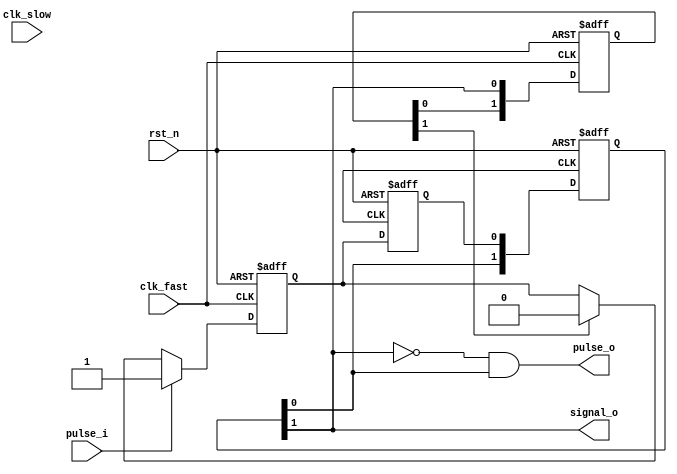
module Sync_Pulse_Fast2Slow(
    input           clk_fast,
    input           clk_slow,
    input           rst_n,
    input           pulse_i,
    output          pulse_o,
    output          signal_o
);

//-------------------------------------------------------
reg             signal_a;
reg             signal_b;
reg     [1:0]   signal_b_r;
reg     [1:0]   signal_a_r;

//-------------------------------------------------------
//��clk_fast�£�����չ���ź�signal_a
always @(posedge clk_fast or negedge rst_n)begin
    if(rst_n == 1'b0)begin
        signal_a <= 1'b0;
    end
    else if(pulse_i == 1'b1)begin
        signal_a <= 1'b1;
    end
    else if(signal_a_r[1] == 1'b1)
        signal_a <= 1'b0;
    else
        signal_a <= signal_a;
end

//-------------------------------------------------------
//��clkb��ͬ��signal_a
always @(posedge clkb or negedge rst_n)begin
    if(rst_n == 1'b0)begin
        signal_b <= 1'b0;
    end
    else begin
        signal_b <= signal_a;
    end
end

//-------------------------------------------------------
//��clkb�����������źź�����ź�
always @(posedge clkb or negedge rst_n)begin
    if(rst_n == 1'b0)begin
        signal_b_r <= 2'b00;
    end
    else begin
        signal_b_r <= {signal_b_r[0], signal_b};
    end
end

assign    pulse_o = ~signal_b_r[1] & signal_b_r[0];
assign    signal_o = signal_b_r[1];

//-------------------------------------------------------
//��clk_fast�²ɼ�signal_b[1]������signal_a_r[1]���ڷ�������signal_a
always @(posedge clk_fast or negedge rst_n)begin
    if(rst_n == 1'b0)begin
        signal_a_r <= 2'b00;
    end
    else begin
        signal_a_r <= {signal_a_r[0], signal_b_r[1]};
    end
end

endmodule